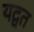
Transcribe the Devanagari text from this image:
यद्वत